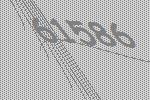
61586